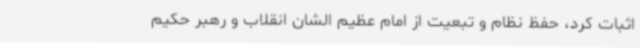
اثبات کرد، حفظ نظام و تبعیت از امام عظیم الشان انقلاب و رهبر حکیم